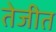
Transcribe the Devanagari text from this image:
तेजीत